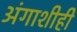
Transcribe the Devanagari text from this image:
अंगाशीही